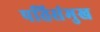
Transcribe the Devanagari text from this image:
पतिसंमुख